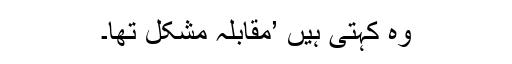
وہ کہتی ہیں ’مقابلہ مشکل تھا۔